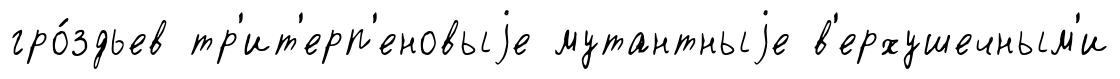
гро́здьев тр'ит'ерп'еновыjе мутантныjе в'ерхушечным'и